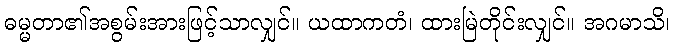
ဓမ္မတာ၏အစွမ်းအားဖြင့်သာလျှင်။ ယထာကတံ၊ ထားမြဲတိုင်းလျှင်။ အဂမာသိ၊